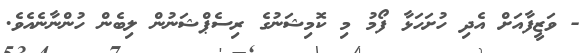
- ވަޒީފާއަށް އެދި ހުށަހަޅާ ފޯމު މި ކޮމިޝަނުގެ ރިސެޕްޝަނުން ލިބެން ހުންނާނެއެވެ.